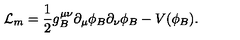
{ \cal L } _ { m } = \frac { 1 } { 2 } g _ { B } ^ { \mu \nu } \partial _ { \mu } \phi _ { B } \partial _ { \nu } \phi _ { B } - V ( \phi _ { B } ) .